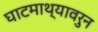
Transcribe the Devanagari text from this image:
घाटमाथ्यावरुन